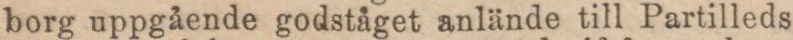
borg uppgående godståget anlände till Partilleds